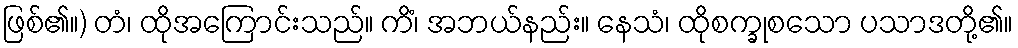
ဖြစ်၏။) တံ၊ ထိုအကြောင်းသည်။ ကိံ၊ အဘယ်နည်း။ နေသံ၊ ထိုစက္ခုစသော ပသာဒတို့၏။